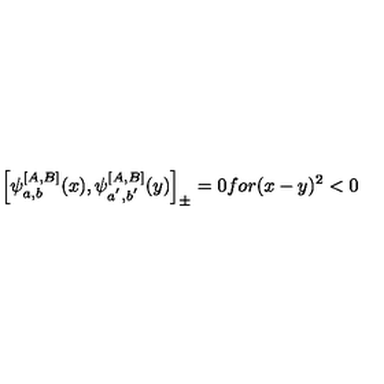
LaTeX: \left[ \psi _ { a , b } ^ { \left[ A , B \right] } ( x ) , \psi _ { a ^ { ^ { \prime } } , b ^ { ^ { \prime } } } ^ { \left[ A , B \right] } ( y ) \right] _ { \pm } = 0 f o r ( x - y ) ^ { 2 } < 0